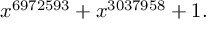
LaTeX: x ^ { 6 9 7 2 5 9 3 } + x ^ { 3 0 3 7 9 5 8 } + 1 .